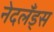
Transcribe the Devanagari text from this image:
नेदलँड्स